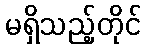
မရှိသည့်တိုင်